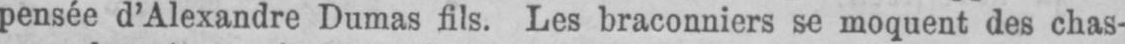
pensée d’Alexandre Dumas fils. Les braconniers se moquent des chas-